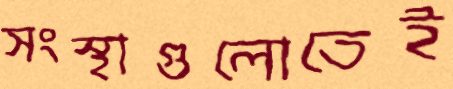
সংস্থাগুলোতেই